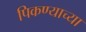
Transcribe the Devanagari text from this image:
पिकण्याच्या